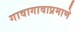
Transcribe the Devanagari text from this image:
गावागावाप्रमाणे